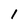
Character: 1